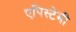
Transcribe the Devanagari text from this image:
एपिस्टेमी